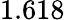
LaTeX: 1.618